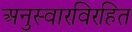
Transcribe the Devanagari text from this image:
अनुस्वारविरहित